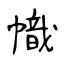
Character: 幟